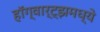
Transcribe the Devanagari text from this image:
हॉग्वार्ट्झमध्ये